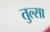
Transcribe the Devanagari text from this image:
तुल्सा